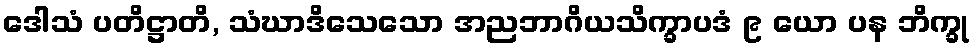
ဒေါသံ ပတိဋ္ဌာတိ, သံဃာဒိသေသော အညဘာဂိယသိက္ခာပဒံ ၉ ယော ပန ဘိက္ခု